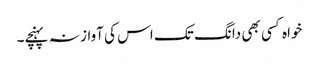
خواہ کسی بھی دانگ تک اس کی آواز نہ پہنچے۔